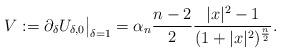
LaTeX: \begin{align*}V:=\partial_\delta U_{\delta,0}\big|_{\delta=1}=\alpha_n\frac{n-2}{2}\frac{|x|^2-1}{(1+|x|^2)^\frac{n}{2}}.\end{align*}